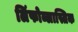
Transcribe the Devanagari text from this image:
लिंफोब्लास्तिक